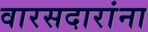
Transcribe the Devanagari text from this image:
वारसदारांना